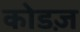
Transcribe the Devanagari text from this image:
कोडज़